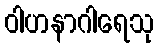
ဝါဟနာဂါရေသု